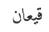
قيعان